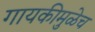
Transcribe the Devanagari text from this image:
गायकीमुळेच